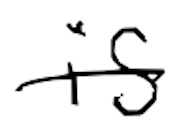
Text: is
Cross-out: single-line
Writing tool: digital_black